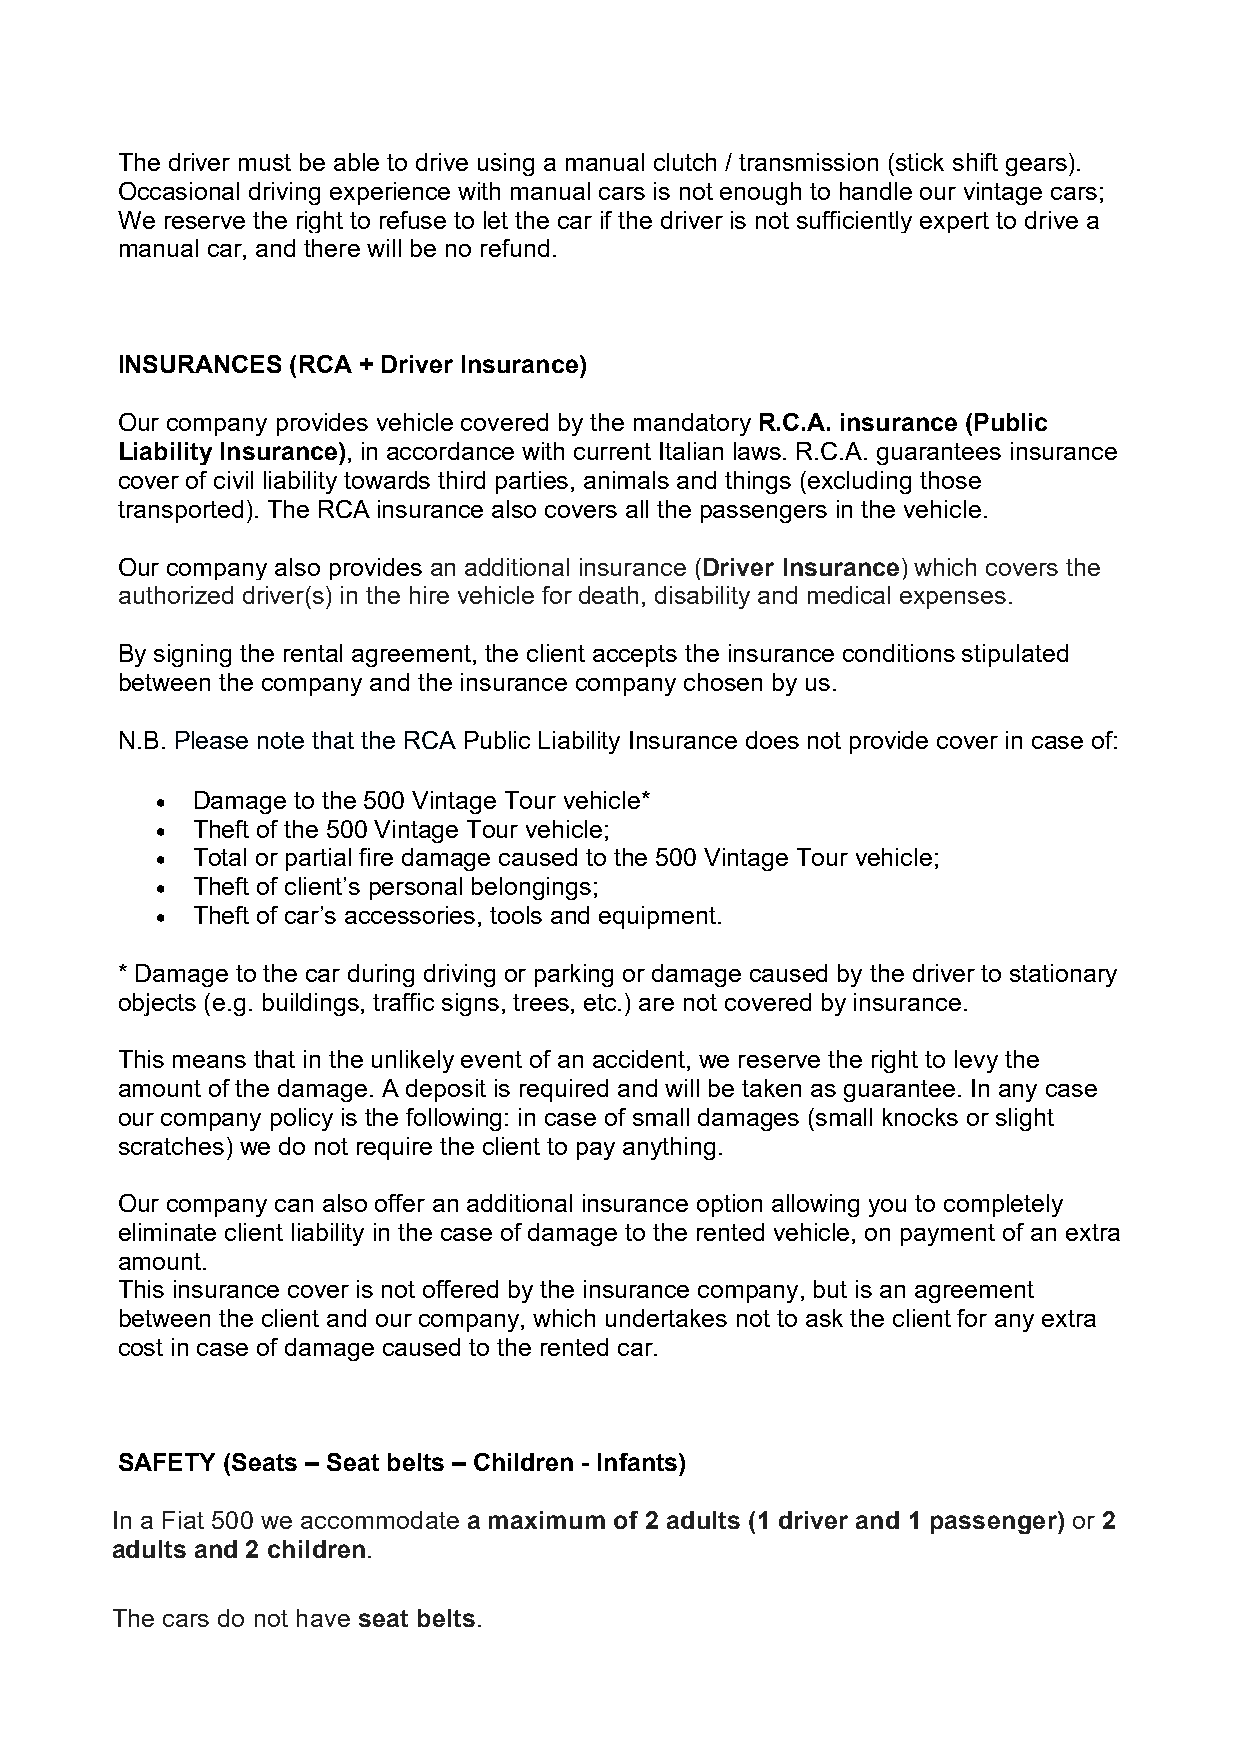
The driver must be able to drive using a manual clutch / transmission (stick shift gears).
 Occasional driving experience with manual cars is not enough to handle our vintage cars;
 We reserve the right to refuse to let the car if the driver is not sufficiently expert to drive a
 manual car, and there will be no refund.
 INSURANCES (RCA + Driver Insurance)
 Our company provides vehicle covered by the mandatory R.C.A. insurance (Public
 Liability Insurance), in accordance with current Italian laws. R.C.A. guarantees insurance
 cover of civil liability towards third parties, animals and things (excluding those
 transported). The RCA insurance also covers all the passengers in the vehicle.
 Our company also provides an additional insurance (Driver Insurance) which covers the
 authorized driver(s) in the hire vehicle for death, disability and medical expenses.
 By signing the rental agreement, the client accepts the insurance conditions stipulated
 between the company and the insurance company chosen by us.
 N.B. Please note that the RCA Public Liability Insurance does not provide cover in case of:
   Damage to the 500 Vintage Tour vehicle*
   Theft of the 500 Vintage Tour vehicle;
   Total or partial fire damage caused to the 500 Vintage Tour vehicle;
   Theft of client’s personal belongings;
   Theft of car’s accessories, tools and equipment.
 * Damage to the car during driving or parking or damage caused by the driver to stationary
 objects (e.g. buildings, traffic signs, trees, etc.) are not covered by insurance.
 This means that in the unlikely event of an accident, we reserve the right to levy the
 amount of the damage. A deposit is required and will be taken as guarantee. In any case
 our company policy is the following: in case of small damages (small knocks or slight
 scratches) we do not require the client to pay anything.
 Our company can also offer an additional insurance option allowing you to completely
 eliminate client liability in the case of damage to the rented vehicle, on payment of an extra
 amount.
 This insurance cover is not offered by the insurance company, but is an agreement
 between the client and our company, which undertakes not to ask the client for any extra
 cost in case of damage caused to the rented car.
 SAFETY (Seats – Seat belts – Children - Infants)
 In a Fiat 500 we accommodate a maximum of 2 adults (1 driver and 1 passenger) or 2
 adults and 2 children.
 The cars do not have seat belts.